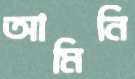
আমিনি